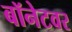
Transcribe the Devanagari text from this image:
बॉनेटवर